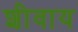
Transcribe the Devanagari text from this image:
शीवाय